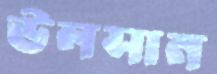
উলসান